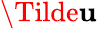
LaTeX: \Tilde{\mathbf{u}}